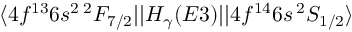
\langle 4 f ^ { 1 3 } 6 s ^ { 2 } \, ^ { 2 } F _ { 7 / 2 } | | H _ { \gamma } ( E 3 ) | | 4 f ^ { 1 4 } 6 s \, ^ { 2 } S _ { 1 / 2 } \rangle